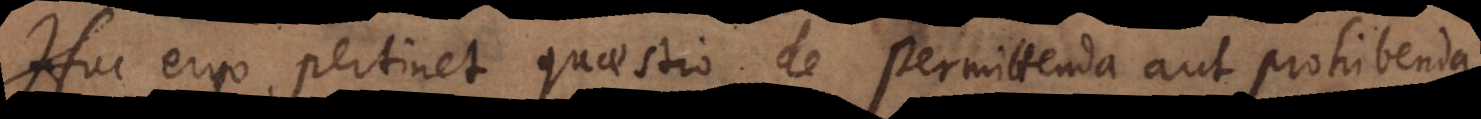
Huc ergo pertinet quaestio de permittenda aut prohibenda